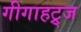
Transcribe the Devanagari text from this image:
गीगाहट्र्ज